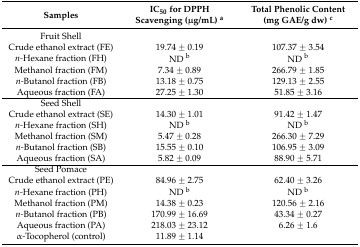
<table><thead><tr><td><b>Samples</b></td><td><b>IC<sub>50</sub> for DPPH Scavenging (μg/mL) <sup>a</sup></b></td><td><b>Total Phenolic Content (mg GAE/g dw) <sup>c</sup></b></td></tr></thead><tbody><tr><td>Fruit Shell</td><td></td><td></td></tr><tr><td>Crude ethanol extract (FE)</td><td>19.74 ± 0.19</td><td>107.37 ± 3.54</td></tr><tr><td><i>n-</i>Hexane fraction (FH)</td><td>ND <sup>b</sup></td><td>ND <sup>b</sup></td></tr><tr><td>Methanol fraction (FM)</td><td>7.34 ± 0.89</td><td>266.79 ± 1.85</td></tr><tr><td><i>n-</i>Butanol fraction (FB)</td><td>13.18 ± 0.75</td><td>129.13 ± 2.55</td></tr><tr><td>Aqueous fraction (FA)</td><td>27.25 ± 1.30</td><td>51.85 ± 3.16</td></tr><tr><td>Seed Shell</td><td></td><td></td></tr><tr><td>Crude ethanol extract (SE)</td><td>14.30 ± 1.01</td><td>91.42 ± 1.47</td></tr><tr><td><i>n-</i>Hexane fraction (SH)</td><td>ND <sup>b</sup></td><td>ND <sup>b</sup></td></tr><tr><td>Methanol fraction (SM)</td><td>5.47 ± 0.28</td><td>266.30 ± 7.29</td></tr><tr><td><i>n-</i>Butanol fraction (SB)</td><td>15.55 ± 0.10</td><td>106.95 ± 3.09</td></tr><tr><td>Aqueous fraction (SA)</td><td>5.82 ± 0.09</td><td>88.90 ± 5.71</td></tr><tr><td>Seed Pomace</td><td></td><td></td></tr><tr><td>Crude ethanol extract (PE)</td><td>84.96 ± 2.75</td><td>62.40 ± 3.26</td></tr><tr><td><i>n-</i>Hexane fraction (PH)</td><td>ND <sup>b</sup></td><td>ND <sup>b</sup></td></tr><tr><td>Methanol fraction (PM)</td><td>14.38 ± 0.23</td><td>120.56 ± 2.16</td></tr><tr><td><i>n-</i>Butanol fraction (PB)</td><td>170.99 ± 16.69</td><td>43.34 ± 0.27</td></tr><tr><td>Aqueous fraction (PA)</td><td>218.03 ± 23.12</td><td>6.26 ± 1.6</td></tr><tr><td>α-Tocopherol (control)</td><td>11.89 ± 1.14</td><td></td></tr></tbody></table>